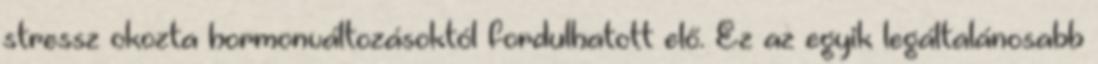
stressz okozta hormonváltozásoktól fordulhatott elő. Ez az egyik legáltalánosabb